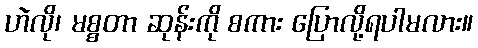
ဟဲလို၊ မစ္စတာ ဆုန်းကို စကား ပြောလို့ရပါမလား။